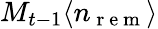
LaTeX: M_{t-1}\langle n_{\mathrm{~r~e~m~}}\rangle